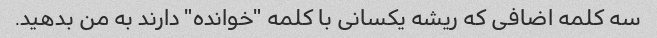
سه کلمه اضافی که ریشه یکسانی با کلمه "خوانده" دارند به من بدهید.